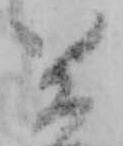
兼